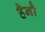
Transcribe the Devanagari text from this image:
हैनौ